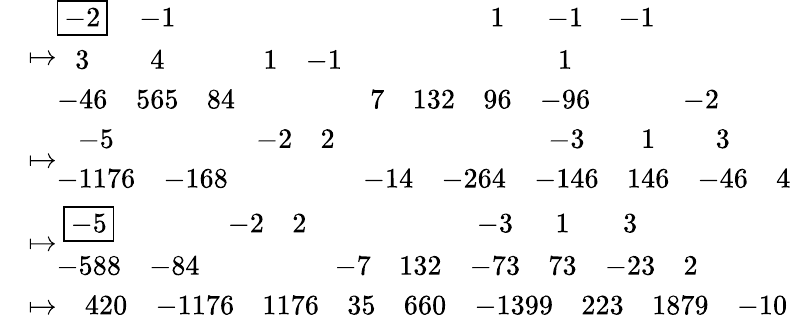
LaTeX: \begin{array}{rl}&{\mapsto\begin{array}{ccccccccccc}{\boxed{-2}}&{-1}&&&&&&{1}&{-1}&{-1}&\\ {3}&{4}&&{1}&{-1}&&&&{1}&&\\ {-46}&{565}&{84}&&&{7}&{132}&{96}&{-96}&&{-2}\end{array}}\\ &{\mapsto\begin{array}{cccccccccc}{-5}&&{-2}&{2}&&&{-3}&{1}&{3}&\\ {-1176}&{-168}&&&{-14}&{-264}&{-146}&{146}&{-46}&{4}\end{array}}\\ &{\mapsto\begin{array}{cccccccccc}{\boxed{-5}}&&{-2}&{2}&&&{-3}&{1}&{3}&\\ {-588}&{-84}&&&{-7}&{132}&{-73}&{73}&{-23}&{2}\end{array}}\\ &{\mapsto\begin{array}{cccccccccc}&{420}&{-1176}&{1176}&{35}&{660}&{-1399}&{223}&{1879}&{-10}\end{array}}\end{array}